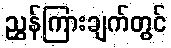
ညွှန်ကြားချက်တွင်